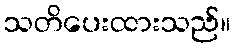
သတိပေးထားသည်။